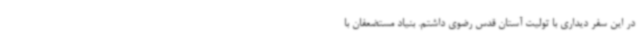
در این سفر دیداری با تولیت آستان قدس رضوی داشتم. بنیاد مستضعفان با